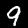
Label: 9